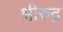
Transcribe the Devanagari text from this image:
श्रीरुद्र